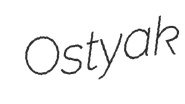
Ostyak